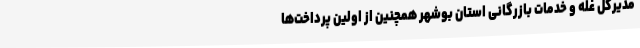
مدیرکل غله و خدمات بازرگانی استان بوشهر همچنین از اولین پرداخت‌ها